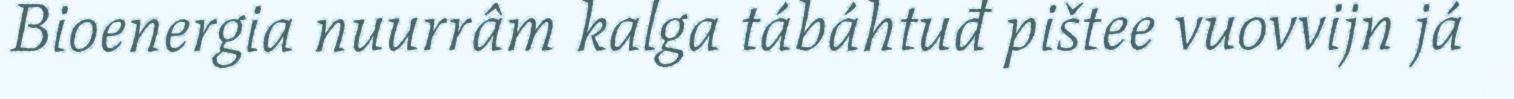
Bioenergia nuurrâm kalga tábáhtuđ pištee vuovvijn já